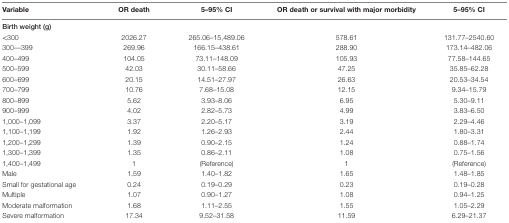
<table><thead><tr><td><b>Variable</b></td><td><b>OR death</b></td><td><b>5–95% CI</b></td><td><b>OR death or survival with major morbidity</b></td><td><b>5–95% CI</b></td></tr></thead><tbody><tr><td><b>Birth weight (g)</b></td><td></td><td></td><td></td><td></td></tr><tr><td>&lt;300</td><td>2026.27</td><td>265.06–15,489.06</td><td>578.61</td><td>131.77–2540.60</td></tr><tr><td>300––399</td><td>269.96</td><td>166.15–438.61</td><td>288.90</td><td>173.14–482.06</td></tr><tr><td>400–499</td><td>104.05</td><td>73.11–148.09</td><td>105.93</td><td>77.58–144.65</td></tr><tr><td>500–599</td><td>42.03</td><td>30.11–58.66</td><td>47.25</td><td>35.85–62.28</td></tr><tr><td>600–699</td><td>20.15</td><td>14.51–27.97</td><td>26.63</td><td>20.53–34.54</td></tr><tr><td>700–799</td><td>10.76</td><td>7.68–15.08</td><td>12.15</td><td>9.34–15.79</td></tr><tr><td>800–899</td><td>5.62</td><td>3.93–8.06</td><td>6.95</td><td>5.30–9.11</td></tr><tr><td>900–999</td><td>4.02</td><td>2.82–5.73</td><td>4.99</td><td>3.83–6.50</td></tr><tr><td>1,000–1,099</td><td>3.37</td><td>2.20–5.17</td><td>3.19</td><td>2.29–4.46</td></tr><tr><td>1,100–1,199</td><td>1.92</td><td>1.26–2.93</td><td>2.44</td><td>1.80–3.31</td></tr><tr><td>1,200–1,299</td><td>1.39</td><td>0.90–2.15</td><td>1.24</td><td>0.88–1.74</td></tr><tr><td>1,300–1,399</td><td>1.35</td><td>0.86–2.11</td><td>1.08</td><td>0.75–1.56</td></tr><tr><td>1,400–1,499</td><td>1</td><td>(Reference)</td><td>1</td><td>(Reference)</td></tr><tr><td>Male</td><td>1.59</td><td>1.40–1.82</td><td>1.65</td><td>1.48–1.85</td></tr><tr><td>Small for gestational age</td><td>0.24</td><td>0.19–0.29</td><td>0.23</td><td>0.19–0.28</td></tr><tr><td>Multiple</td><td>1.07</td><td>0.90–1.27</td><td>1.08</td><td>0.94–1.25</td></tr><tr><td>Moderate malformation</td><td>1.68</td><td>1.11–2.55</td><td>1.55</td><td>1.05–2.29</td></tr><tr><td>Severe malformation</td><td>17.34</td><td>9.52–31.58</td><td>11.59</td><td>6.29–21.37</td></tr></tbody></table>